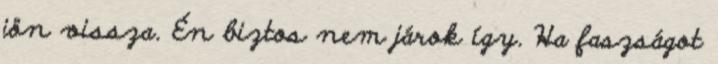
jön vissza. Én biztos nem járok így. Ha faszságot